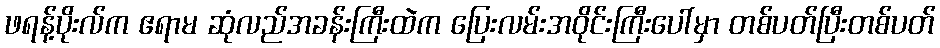
ဖရန့်ပိုးလ်က ဧရာမ ဆုံလည်အခန်းကြီးထဲက ပြေးလမ်းအဝိုင်းကြီးပေါ်မှာ တစ်ပတ်ပြီးတစ်ပတ်